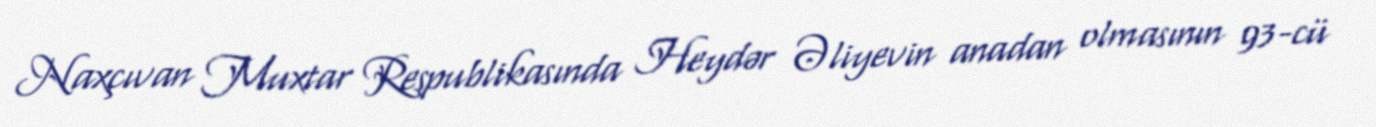
Naxçıvan Muxtar Respublikasında Heydər Əliyevin anadan olmasının 93-cü